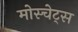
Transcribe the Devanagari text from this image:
मोस्चेट्स